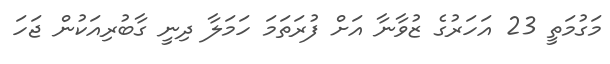
މަގުމަތީ 23 އަހަރުގެ ޒުވާނާ އަށް ފުރަތަމަ ހަމަލާ ދިނީ ގާބުރިއަކުން ޖަހަ